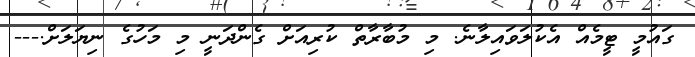
ގައުމީ ޓީމެއް އެކުލަވައިލާނެ. މި މުބާރާތް ކުރިއަށް ގެންދަނީ މި މަހުގެ ނިޔަލަށް.---